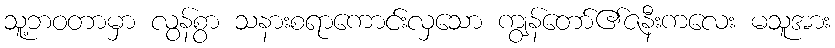
သူ့ဘဝတာမှာ လွန်စွာ သနားစရာကောင်းလှသော ကျွန်တော်၏ဇနီးကလေး မသူအား